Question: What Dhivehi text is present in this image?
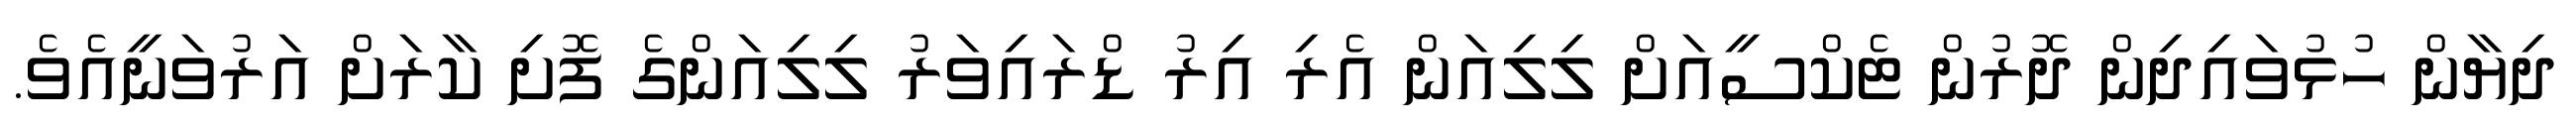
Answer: ދިޔާން ހުޅުވައިދިން ދޮރުން ޓެކްސީއަށް ލިލިއަން އެރި އިރު ޑްރައިވަރު ލިލިއަންގެ ފޮށި ކާރަށް އަރުވަނީއެވެ.